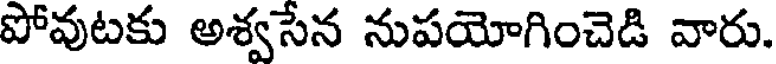
పోవుటకు అశ్వసేన నుపయోగించెడి వారు.